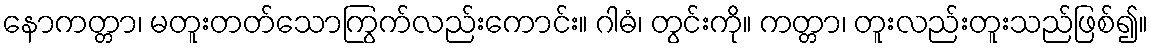
နောကတ္တာ၊ မတူးတတ်သောကြွက်လည်းကောင်း။ ဂါဓံ၊ တွင်းကို။ ကတ္တာ၊ တူးလည်းတူးသည်ဖြစ်၍။